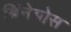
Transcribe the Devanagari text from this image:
बिंनेबोस